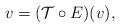
LaTeX: \begin{align*}v=({\cal T}\circ E)(v), \end{align*}